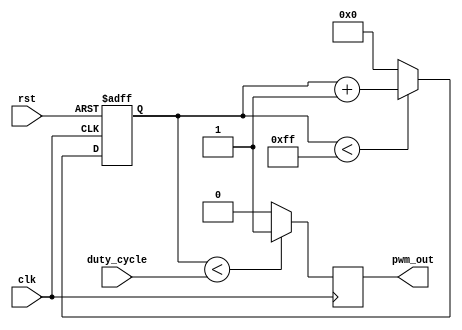
`timescale 1ns / 1ps

module pwm( input wire clk,
    input wire rst,
    input wire [7:0] duty_cycle,
    output wire pwm_out
 );
  reg [7:0] counter = 0;
    reg pwm_out_reg = 0;
    
    always @(posedge clk or posedge rst) begin
        if (rst)
            counter <= 0;
        else begin
            if (counter < 255)
                counter <= counter + 1'b1;
            else
                counter <= 0;
        end
    end
    
    always @(posedge clk) begin
        if (counter < duty_cycle)
            pwm_out_reg <= 1'b1;
        else
            pwm_out_reg <= 1'b0;
    end
    
    assign pwm_out = pwm_out_reg;

endmodule